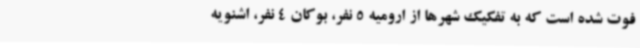
فوت شده است که به تفکیک شهرها از ارومیه 5 نفر، بوکان 4 نفر، اشنویه